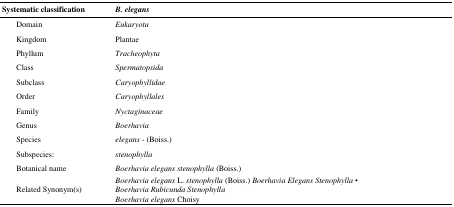
<table><thead><tr><td><b>Systematic classification</b></td><td><b><i>B. elegans</i></b></td></tr></thead><tbody><tr><td>Domain</td><td>Eukaryota</td></tr><tr><td>Kingdom</td><td>Plantae</td></tr><tr><td>Phyllum</td><td>Tracheophyta</td></tr><tr><td>Class</td><td>Spermatopsida</td></tr><tr><td>Subclass</td><td>Caryophyllidae</td></tr><tr><td>Order</td><td>Caryophyllales</td></tr><tr><td>Family</td><td>Nyctaginaceae</td></tr><tr><td>Genus</td><td>Boerhavia</td></tr><tr><td>Species</td><td><i>elegans </i>- (Boiss.)</td></tr><tr><td>Subspecies: </td><td><i>stenophylla</i></td></tr><tr><td>Botanical name</td><td><i>Boerhavia elegans stenophylla</i> (Boiss.)</td></tr></tbody></table>